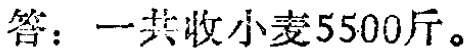
答：一共收小麦5500斤。